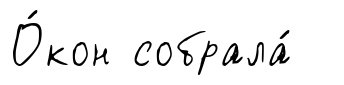
О́кон собрала́